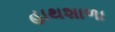
હાથશાળા